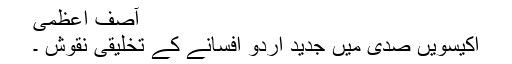
آصف اعظمی
اکیسویں صدی میں جدید اردو افسانے کے تخلیقی نقوش ۔